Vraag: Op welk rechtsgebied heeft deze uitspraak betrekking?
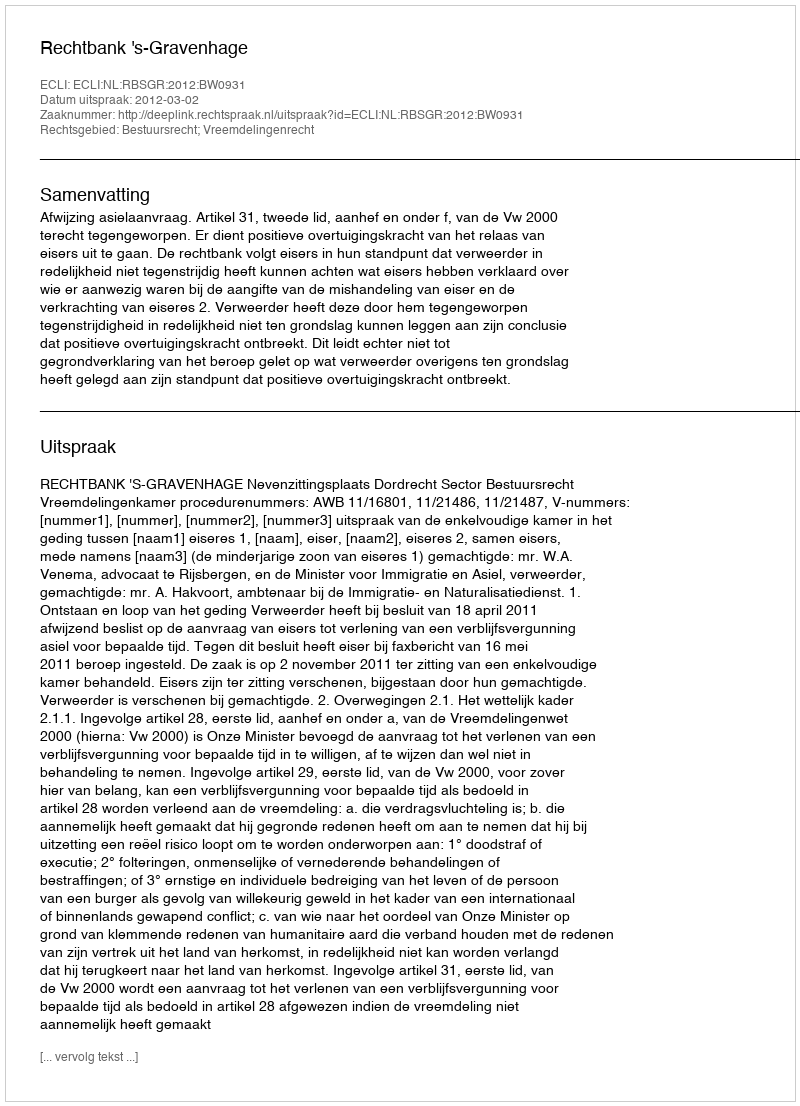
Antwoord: Bestuursrecht; Vreemdelingenrecht